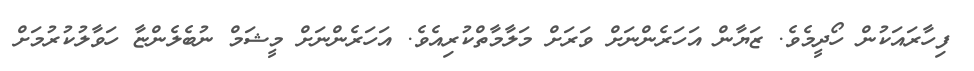
ފިހާރައަކުން ހޯދީމެވެ. ޒަޔާން އަހަރެންނަށް ވަރަށް މަލާމާތްކުރިއެވެ. އަހަރެންނަށް މީޝަމް ނުބެލެންޏާ ހަވާލުކުރުމަށް